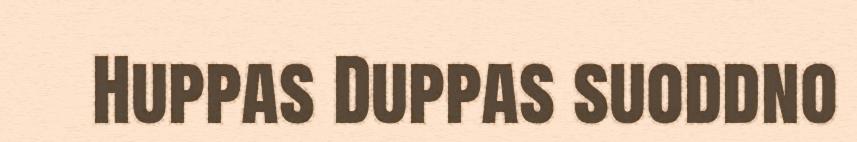
Huppas Duppas suoddno